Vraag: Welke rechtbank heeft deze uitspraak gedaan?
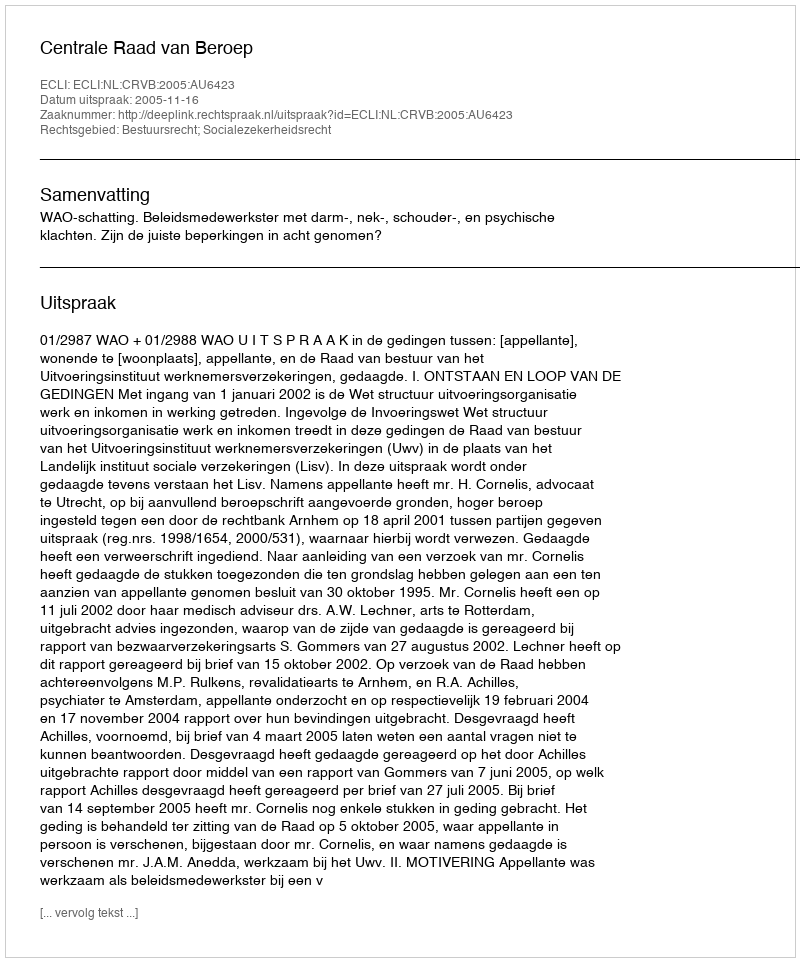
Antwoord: Centrale Raad van Beroep